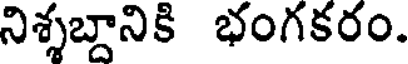
నిశ్శబ్దానికి భంగకరం.